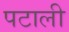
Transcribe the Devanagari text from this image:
पटाली